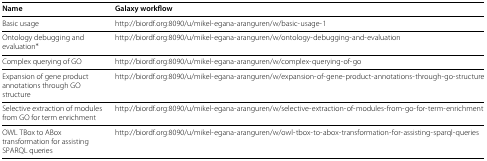
<table><thead><tr><td><b>Name</b></td><td><b>Galaxy workflow</b></td></tr></thead><tbody><tr><td>Basic usage</td><td>http://biordf.org:8090/u/mikel-egana-aranguren/w/basic-usage-1</td></tr><tr><td>Ontology debugging andevaluation <sup>∗</sup></td><td>http://biordf.org:8090/u/mikel-egana-aranguren/w/ontology-debugging-and-evaluation</td></tr><tr><td>Complex querying of GO</td><td>http://biordf.org:8090/u/mikel-egana-aranguren/w/complex-querying-of-go</td></tr><tr><td>Expansion of gene productannotations through GOstructure</td><td>http://biordf.org:8090/u/mikel-egana-aranguren/w/expansion-of-gene-product-annotations-through-go-structure</td></tr><tr><td>Selective extraction of modulesfrom GO for term enrichment</td><td>http://biordf.org:8090/u/mikel-egana-aranguren/w/selective-extraction-of-modules-from-go-for-term-enrichment</td></tr><tr><td>OWL TBox to ABoxtransformation for assistingSPARQL queries</td><td>http://biordf.org:8090/u/mikel-egana-aranguren/w/owl-tbox-to-abox-transformation-for-assisting-sparql-queries</td></tr></tbody></table>